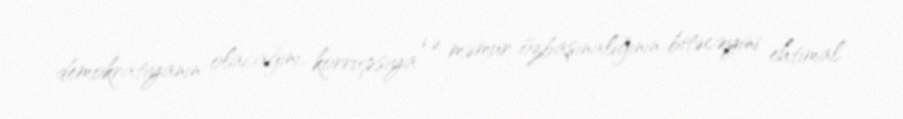
demokratiyanın olacağını, korrupsiya və məmur özbaşınalığının bitəcəyini ehtimal